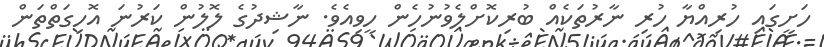
ހަށީގައި ހުރިއްޔާ ހުރި ނާރުތަކެއް ބުރިކޮށްލެވުނުހެން ހީވިއެވެ. ނާޝިދުގެ ލޮލުން ކަރުނަ އޮހިގަތްތަން